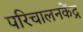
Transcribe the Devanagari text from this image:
परिचालनकेंद्र